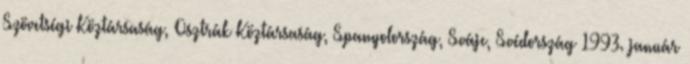
Szövetségi Köztársaság, Osztrák Köztársaság, Spanyolország, Svájc, Svédország 1993. január